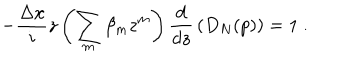
- { \frac { \Delta x } { i } } z \left( \sum _ { m } \beta _ { m } z ^ { m } \right) { \frac { d } { d z } } \left( D _ { N } ( p ) \right) = 1 \ .